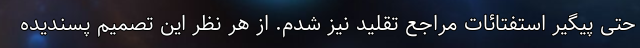
حتی پیگیر استفتائات مراجع تقلید نیز شدم. از هر نظر این تصمیم پسندیده